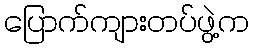
ပြောက်ကျားတပ်ဖွဲ့က